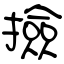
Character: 撿